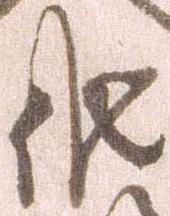
候